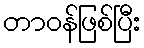
တာဝန်ဖြစ်ပြီး